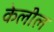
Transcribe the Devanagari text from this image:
केलील